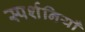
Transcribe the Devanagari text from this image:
स्पर्शनियाँ